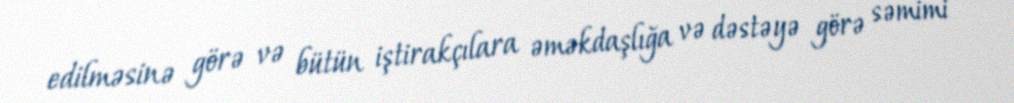
edilməsinə görə və bütün iştirakçılara əməkdaşlığa və dəstəyə görə səmimi